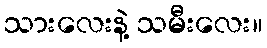
သားလေးနဲ့ သမီးလေး။